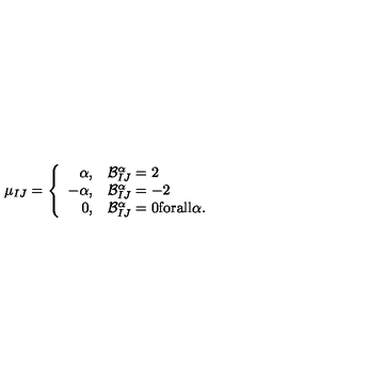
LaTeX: \mu _ { I J } = \left\{ \begin{array} { r l } { \alpha , } & { { \cal B } _ { I J } ^ { \alpha } = 2 } \\ { - \alpha , } & { { \cal B } _ { I J } ^ { \alpha } = - 2 } \\ { 0 , } & { { \cal B } _ { I J } ^ { \alpha } = 0 { \mathrm { f o r a l l } } \alpha . } \\ \end{array} \right.